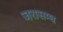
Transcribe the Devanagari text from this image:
जरासम्घ